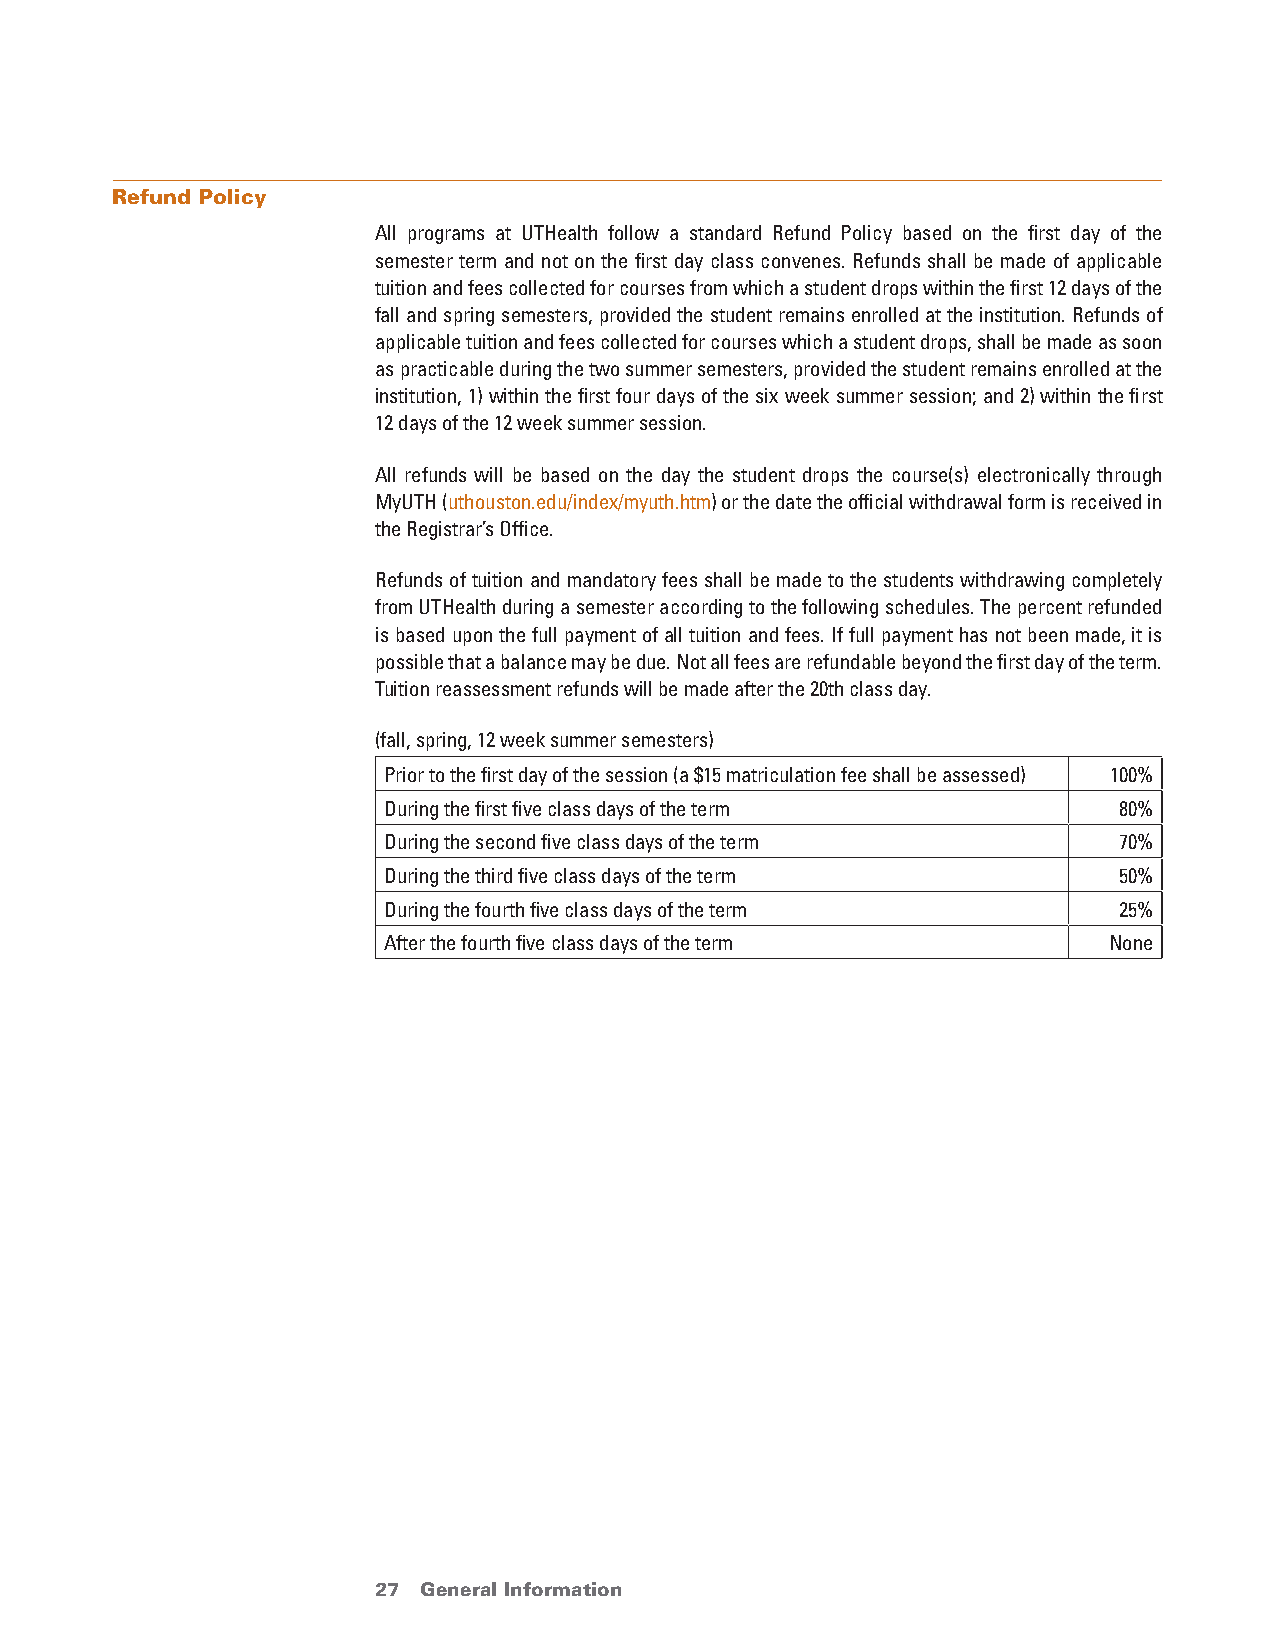
Refund Policy
 All programs at UTHealth follow a standard Refund Policy based on the first day of the
 semester term and not on the first day class convenes. Refunds shall be made of applicable
 tuition and fees collected for courses from which a student drops within the first 12 days of the
 fall and spring semesters, provided the student remains enrolled at the institution. Refunds of
 applicable tuition and fees collected for courses which a student drops, shall be made as soon
 as practicable during the two summer semesters, provided the student remains enrolled at the
 institution, 1) within the first four days of the six week summer session; and 2) within the first
 12 days of the 12 week summer session.
 All refunds will be based on the day the student drops the course(s) electronically through
 MyUTH (uthouston.edu/index/myuth.htm) or the date the official withdrawal form is received in
 the Registrar’s Office.
 Refunds of tuition and mandatory fees shall be made to the students withdrawing completely
 from UTHealth during a semester according to the following schedules. The percent refunded
 is based upon the full payment of all tuition and fees. If full payment has not been made, it is
 possible that a balance may be due. Not all fees are refundable beyond the first day of the term.
 Tuition reassessment refunds will be made after the 20th class day.
 (fall, spring, 12 week summer semesters)
 Prior to the first day of the session (a $15 matriculation fee shall be assessed) 100%
 During the first five class days of the term     80%
 During the second five class days of the term    70%
 During the third five class days of the term     50%
 During the fourth five class days of the term    25%
 After the fourth five class days of the term    None
 27 General Information                 return to Table of Contents